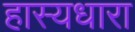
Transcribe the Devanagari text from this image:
हास्यधारा